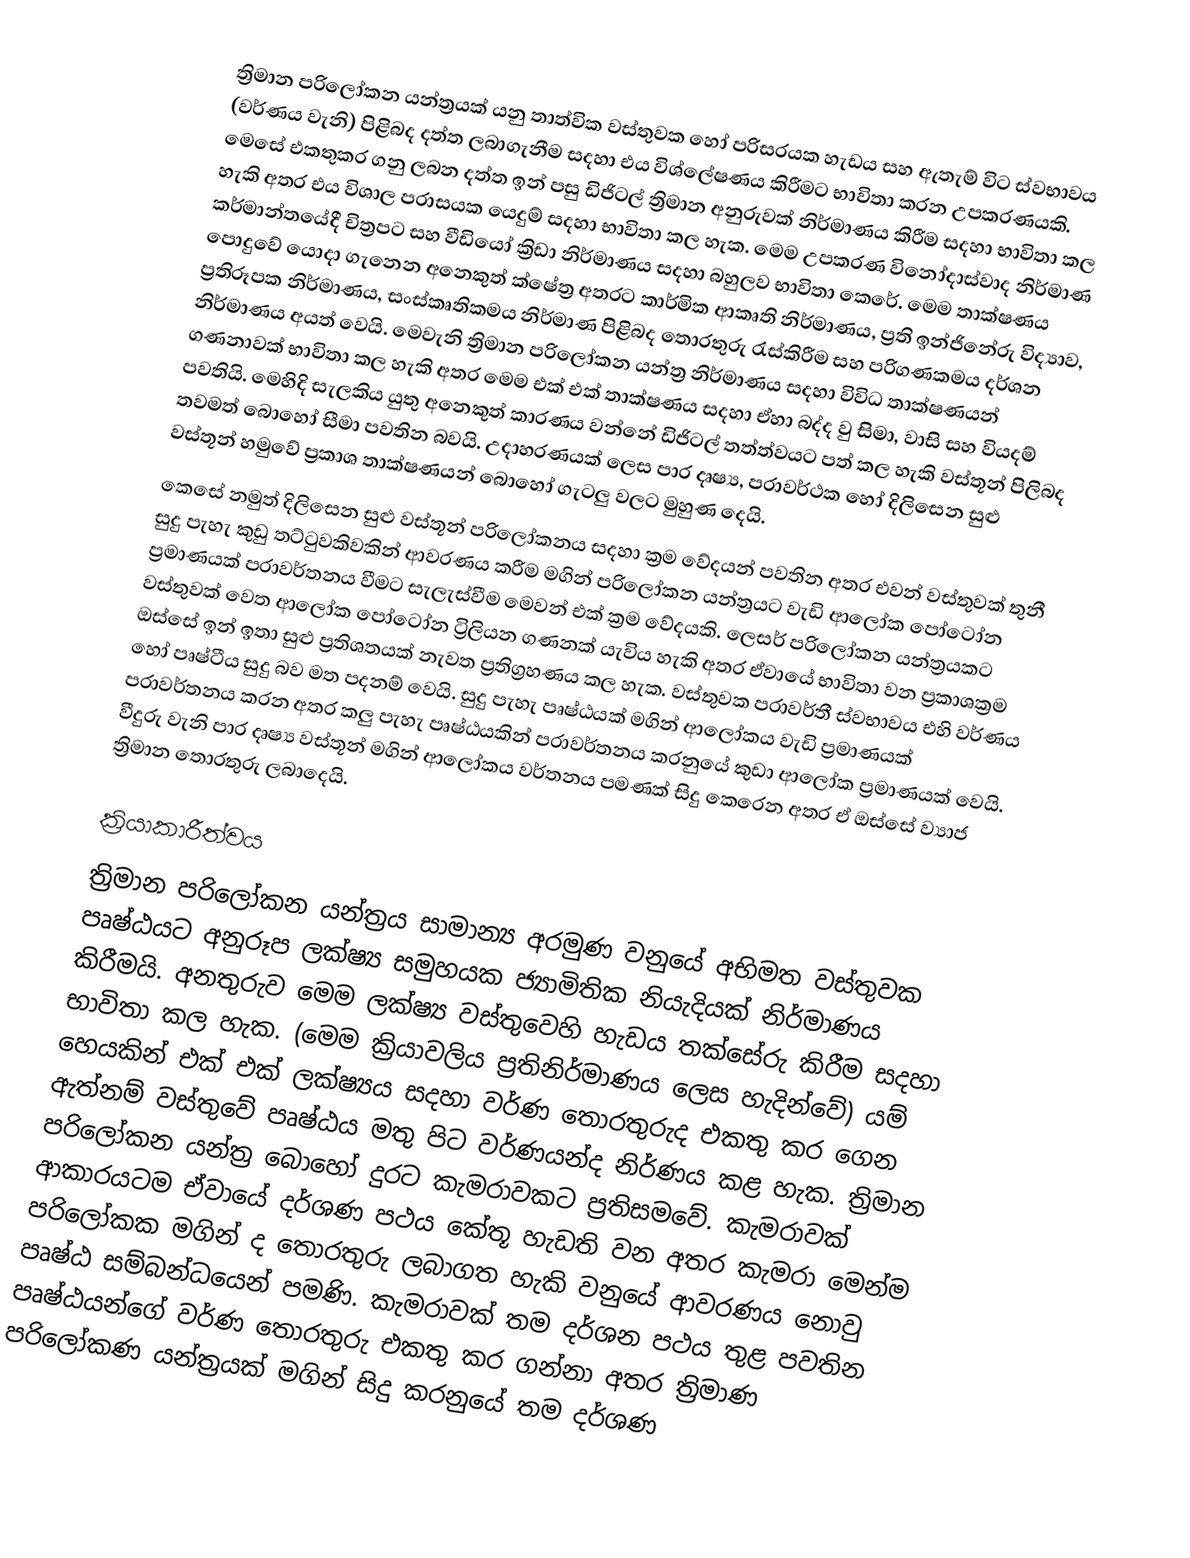
ත්‍රිමාන පරිලෝකන යන්ත්‍රයක් යනු තාත්වික වස්තුවක හෝ පරිසරයක හැඩය සහ ඇතැම් විට ස්වභාවය (වර්ණය වැනි) පිළිබද දත්ත ලබාගැනීම සදහා එය විශ්ලේෂණය කිරීමට භාවිතා කරන උපකරණයකි. මෙසේ එකතුකර ගනු ලබන දත්ත ඉන් පසු ඩිජිටල් ත්‍රිමාන අනුරුවක් නිර්මාණය කිරීම සදහා භාවිතා කල හැකි අතර එය විශාල පරාසයක යෙදුම් සදහා භාවිතා කල හැක. මෙම උපකරණ විනෝදාස්වාද නිර්මාණ කර්මාන්තයේදී චිත්‍රපට සහ වීඩියෝ ක්‍රිඩා නිර්මාණය සදහා බහුලව භාවිතා කෙරේ. මෙම තාක්ෂණය ‍පොදුවේ යොදා ගැනෙන අනෙකුත් ක්ෂේත්‍ර අතරට කාර්මික ආකෘති නිර්මාණය, ප්‍රති ඉන්ජිනේරු විද්‍යාව, ප්‍රතිරූපක නිර්මාණය, සංස්කෘතිකමය නිර්මාණ පිළිබද තොරතුරු රැස්කිරීම සහ පරිගණකමය දර්ශන නිර්මාණය අයත් වෙයි. මෙවැනි ත්‍රිමාන පරිලෝකන යන්ත්‍ර නිර්මාණය සදහා විවිධ තාක්ෂණයන් ගණනාවක් භාවිතා කල හැකි අතර මෙම එක් එක් තාක්ෂණය සදහා ඒහා බද්ද වු සිමා, වාසි සහ වියදම් පවතියි. මෙහිදි සැලකිය යුතු අනෙකුත් කාරණය වන්නේ ඩිජිටල් තත්ත්වයට පත් කල හැකි වස්තූන් පිලිබද තවමත් බොහෝ සීමා පවතින බවයි. උදාහරණයක් ලෙස පාර දෘෂ්‍ය, පරාවර්ථක හෝ දිලිසෙන සුළු වස්තූන් හමුවේ ප්‍රකාශ තාක්ෂණයන් බොහෝ ගැටලු වලට මුහුණ දෙයි.
කෙසේ නමුත් දිලිසෙන සුළු වස්තූන් පරිලෝකනය සදහා ක්‍රම වේදයන් පවතින අතර එවන් වස්තුවක් තුනී සුදු පැහැ කුඩු තට්ටුවකිවකින් ආවරණය කරීම මගින් පරිලෝකන යන්ත්‍රයට වැඩි ආලෝක පෝටෝන ප්‍රමාණයක් පරාවර්තනය වීමට සැලැස්වීම මෙවන් එක් ක්‍රම වේදයකි. ලෙසර් පරිලෝකන යන්ත්‍රයකට වස්තුවක් වෙත ආලෝක පෝටෝන ට්‍රිලියන ගණනක් යැවිය හැකි අතර ඒවායේ භාවිතා වන ප්‍රකාශක්‍රම ඔස්සේ ඉන් ඉතා සුළු ප්‍රතිශතයක් නැවත ප්‍රතිග්‍රහණය කල හැක. වස්තුවක පරාවර්තී ස්වභාවය එහි වර්ණය හෝ පෘෂ්ටීය සුදු බව මත පදනම් වෙයි. සුදු පැහැ පෘෂ්ඨයක් මගින් ආලෝකය වැඩි ප්‍රමාණයක් පරාවර්තනය කරන අතර කලු පැහැ පෘෂ්ඨයකින් පරාවර්තනය කරනුයේ කුඩා ආලෝක ප්‍රම‍ා‍ණයක් වෙයි. වීදුරු වැනි පාර දෘෂ්‍ය වස්තූන් මගින් ආලෝකය වර්තනය පමණක් සිදු කෙරෙන අතර ඒ ඔස්සේ ව්‍යාජ ත්‍රිමාන තොරතුරු ලබාදෙයි.

ක්‍රියාකාරීත්වය
ත්‍රිමාන පරිලෝකන යන්ත්‍රය සාමාන්‍ය අරමුණ වනුයේ අභිමත වස්තුවක පෘෂ්ඨයට අනුරූප ලක්ෂ්‍ය සමුහයක ජ්‍යාමිතික නියැදියක් නිර්මාණය කිරීමයි‍. අනතුරුව මෙම ලක්ෂ්‍ය වස්තුවෙහි හැඩය තක්සේරු කිරීම සදහා භාවිතා කල හැක. (මෙම ක්‍රියාවලිය ප්‍රතිනිර්මාණය ලෙස හැදින්වේ) යම් හෙයකින් එක් එක් ලක්ෂ්‍යය සදහා වර්ණ තොරතුරුද එකතු කර ගෙන ඇත්නම් වස්තුවේ පෘෂ්ඨය මතු පිට වර්ණයන්ද නිර්ණය කළ හැක. ත්‍රිමාන පරිලෝකන යන්ත්‍ර බොහෝ දුරට කැමරාවකට ප්‍රතිසමවේ. කැමරාවක් ආකාරයටම ඒවායේ දර්ශණ පථය කේතූ හැඩති වන අතර කැමරා මෙන්ම පරිලෝකක මගින් ද තොරතුරු ලබාගත හැකි වනුයේ ආවරණය නොවු පෘෂ්ඨ සම්බන්ධයෙන් පමණි. කැමරාවක් තම දර්ශන පථය තුළ පවතින පෘෂ්ඨයන්ගේ වර්ණ තොරතුරු එකතු කර ගන්නා අතර ත්‍රිමාණ පරිලෝකණ යන්ත්‍රයක් මගින් සිදු කරනුයේ තම දර්ශණ